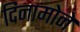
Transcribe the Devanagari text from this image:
दिनामोने